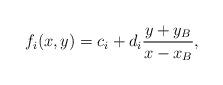
LaTeX: \begin{align*}f_i(x,y)=c_i+d_i{y+y_B\over x-x_B}, \end{align*}